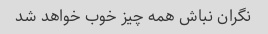
نگران نباش همه چیز خوب خواهد شد